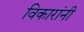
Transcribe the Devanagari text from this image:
विकारांनी